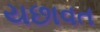
યછાવત